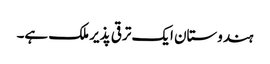
ہندوستان ایک ترقی پذیر ملک ہے۔